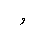
Letter: _waw